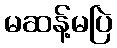
မဆန့်မပြဲ